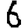
Digit: 6